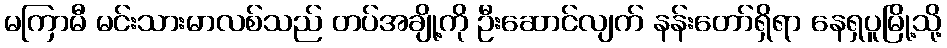
မကြာမီ မင်းသားမာလစ်သည် တပ်အချို့ကို ဦးဆောင်လျက် နန်းတော်ရှိရာ နေရှပူမြို့သို့